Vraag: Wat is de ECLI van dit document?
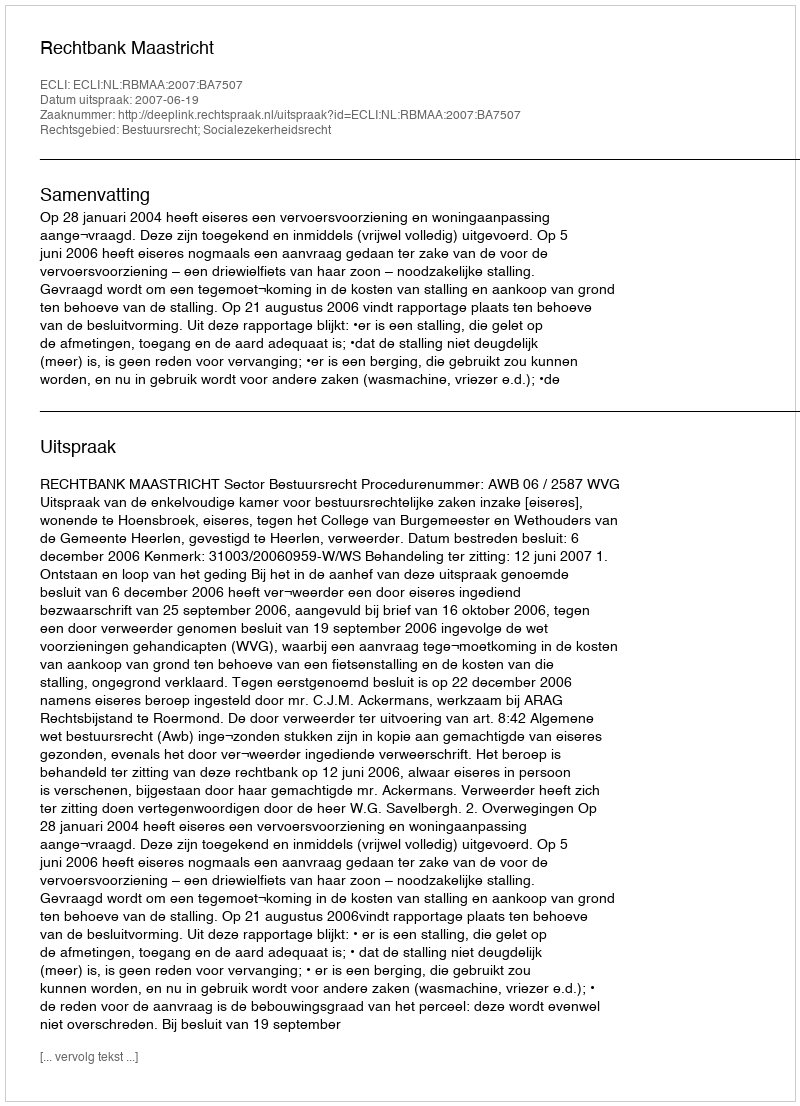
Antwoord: ECLI:NL:RBMAA:2007:BA7507